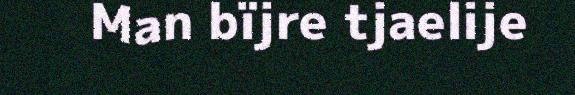
Man bïjre tjaelije